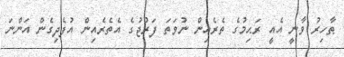
ޠާހިރު ވާނީ އެއީ ރަޙިމުގެ ތެރެއިން ނުވަތަ ފަރުޖުގެ އެތެރެއިން އުފެދިގެން އަންނަ